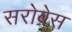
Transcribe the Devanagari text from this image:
सरोबेस